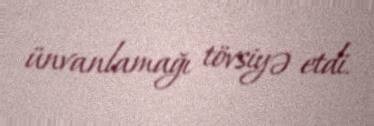
ünvanlamağı tövsiyə etdi.